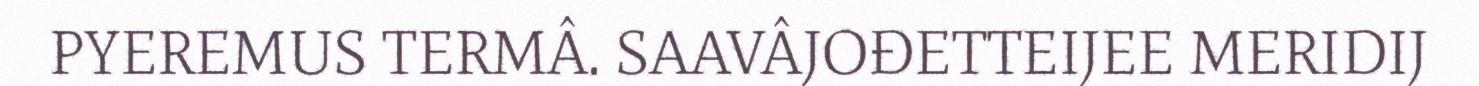
PYEREMUS TERMÂ. SAAVÂJOĐETTEIJEE MERIDIJ